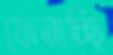
ফেনাচ্ছি